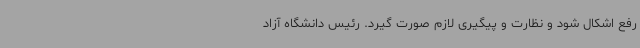
رفع اشکال شود و نظارت و پیگیری لازم صورت گیرد. رئیس دانشگاه آزاد